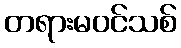
တရားမဝင်သစ်